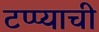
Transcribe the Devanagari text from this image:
टप्प्याची